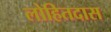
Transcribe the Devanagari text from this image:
लोहितदास